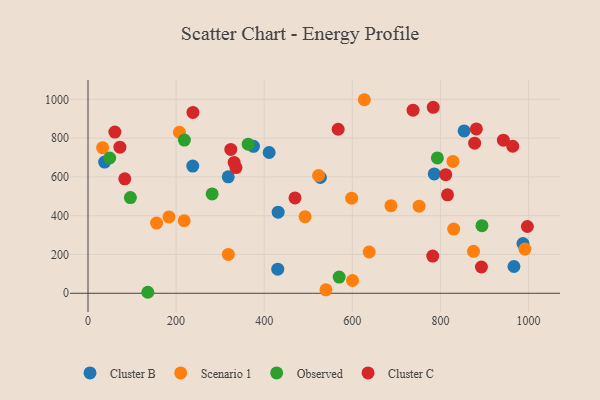
{"axis": {"x": "Ad Spend", "y": "Profit"}, "legend": ["Cluster B", "Cluster C", "Observed", "Scenario 1"], "data": [{"x": "853.7", "y": 837.1, "type": "Cluster B"}, {"x": "431.6", "y": 418.3, "type": "Cluster B"}, {"x": "318.3", "y": 600.5, "type": "Cluster B"}, {"x": "987.3", "y": 256.4, "type": "Cluster B"}, {"x": "966.8", "y": 137.9, "type": "Cluster B"}, {"x": "37.8", "y": 676.2, "type": "Cluster B"}, {"x": "430.7", "y": 124.3, "type": "Cluster B"}, {"x": "237.8", "y": 655.6, "type": "Cluster B"}, {"x": "375.6", "y": 757.6, "type": "Cluster B"}, {"x": "785.9", "y": 615.4, "type": "Cluster B"}, {"x": "527.5", "y": 596.8, "type": "Cluster B"}, {"x": "411.2", "y": 725.7, "type": "Cluster B"}, {"x": "627.2", "y": 997.8, "type": "Scenario 1"}, {"x": "751.6", "y": 448.8, "type": "Scenario 1"}, {"x": "183.8", "y": 393.5, "type": "Scenario 1"}, {"x": "830.0", "y": 331.1, "type": "Scenario 1"}, {"x": "523.3", "y": 607.1, "type": "Scenario 1"}, {"x": "207.5", "y": 830.1, "type": "Scenario 1"}, {"x": "600.4", "y": 65.8, "type": "Scenario 1"}, {"x": "991.7", "y": 227.6, "type": "Scenario 1"}, {"x": "638.2", "y": 212.8, "type": "Scenario 1"}, {"x": "828.3", "y": 679.7, "type": "Scenario 1"}, {"x": "598.5", "y": 490.2, "type": "Scenario 1"}, {"x": "318.5", "y": 200.4, "type": "Scenario 1"}, {"x": "540.1", "y": 17.6, "type": "Scenario 1"}, {"x": "33.2", "y": 750.7, "type": "Scenario 1"}, {"x": "218.4", "y": 373.8, "type": "Scenario 1"}, {"x": "492.7", "y": 394.9, "type": "Scenario 1"}, {"x": "687.6", "y": 451.8, "type": "Scenario 1"}, {"x": "155.7", "y": 361.8, "type": "Scenario 1"}, {"x": "875.0", "y": 216.3, "type": "Scenario 1"}, {"x": "96.2", "y": 493.5, "type": "Observed"}, {"x": "363.6", "y": 768.6, "type": "Observed"}, {"x": "793.0", "y": 698.0, "type": "Observed"}, {"x": "49.2", "y": 697.3, "type": "Observed"}, {"x": "281.8", "y": 512.3, "type": "Observed"}, {"x": "894.2", "y": 348.7, "type": "Observed"}, {"x": "218.8", "y": 790.0, "type": "Observed"}, {"x": "570.1", "y": 83.3, "type": "Observed"}, {"x": "135.8", "y": 5.1, "type": "Observed"}, {"x": "737.8", "y": 943.9, "type": "Cluster C"}, {"x": "964.1", "y": 758.0, "type": "Cluster C"}, {"x": "942.8", "y": 789.2, "type": "Cluster C"}, {"x": "782.5", "y": 191.8, "type": "Cluster C"}, {"x": "567.8", "y": 845.5, "type": "Cluster C"}, {"x": "72.4", "y": 753.3, "type": "Cluster C"}, {"x": "881.5", "y": 847.2, "type": "Cluster C"}, {"x": "893.0", "y": 135.4, "type": "Cluster C"}, {"x": "83.5", "y": 590.2, "type": "Cluster C"}, {"x": "335.9", "y": 647.8, "type": "Cluster C"}, {"x": "812.0", "y": 611.6, "type": "Cluster C"}, {"x": "331.7", "y": 674.4, "type": "Cluster C"}, {"x": "997.3", "y": 344.1, "type": "Cluster C"}, {"x": "877.6", "y": 773.7, "type": "Cluster C"}, {"x": "783.6", "y": 958.8, "type": "Cluster C"}, {"x": "469.8", "y": 491.7, "type": "Cluster C"}, {"x": "238.2", "y": 932.3, "type": "Cluster C"}, {"x": "61.0", "y": 831.1, "type": "Cluster C"}, {"x": "816.0", "y": 507.4, "type": "Cluster C"}, {"x": "324.1", "y": 741.4, "type": "Cluster C"}]}